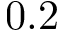
0 . 2